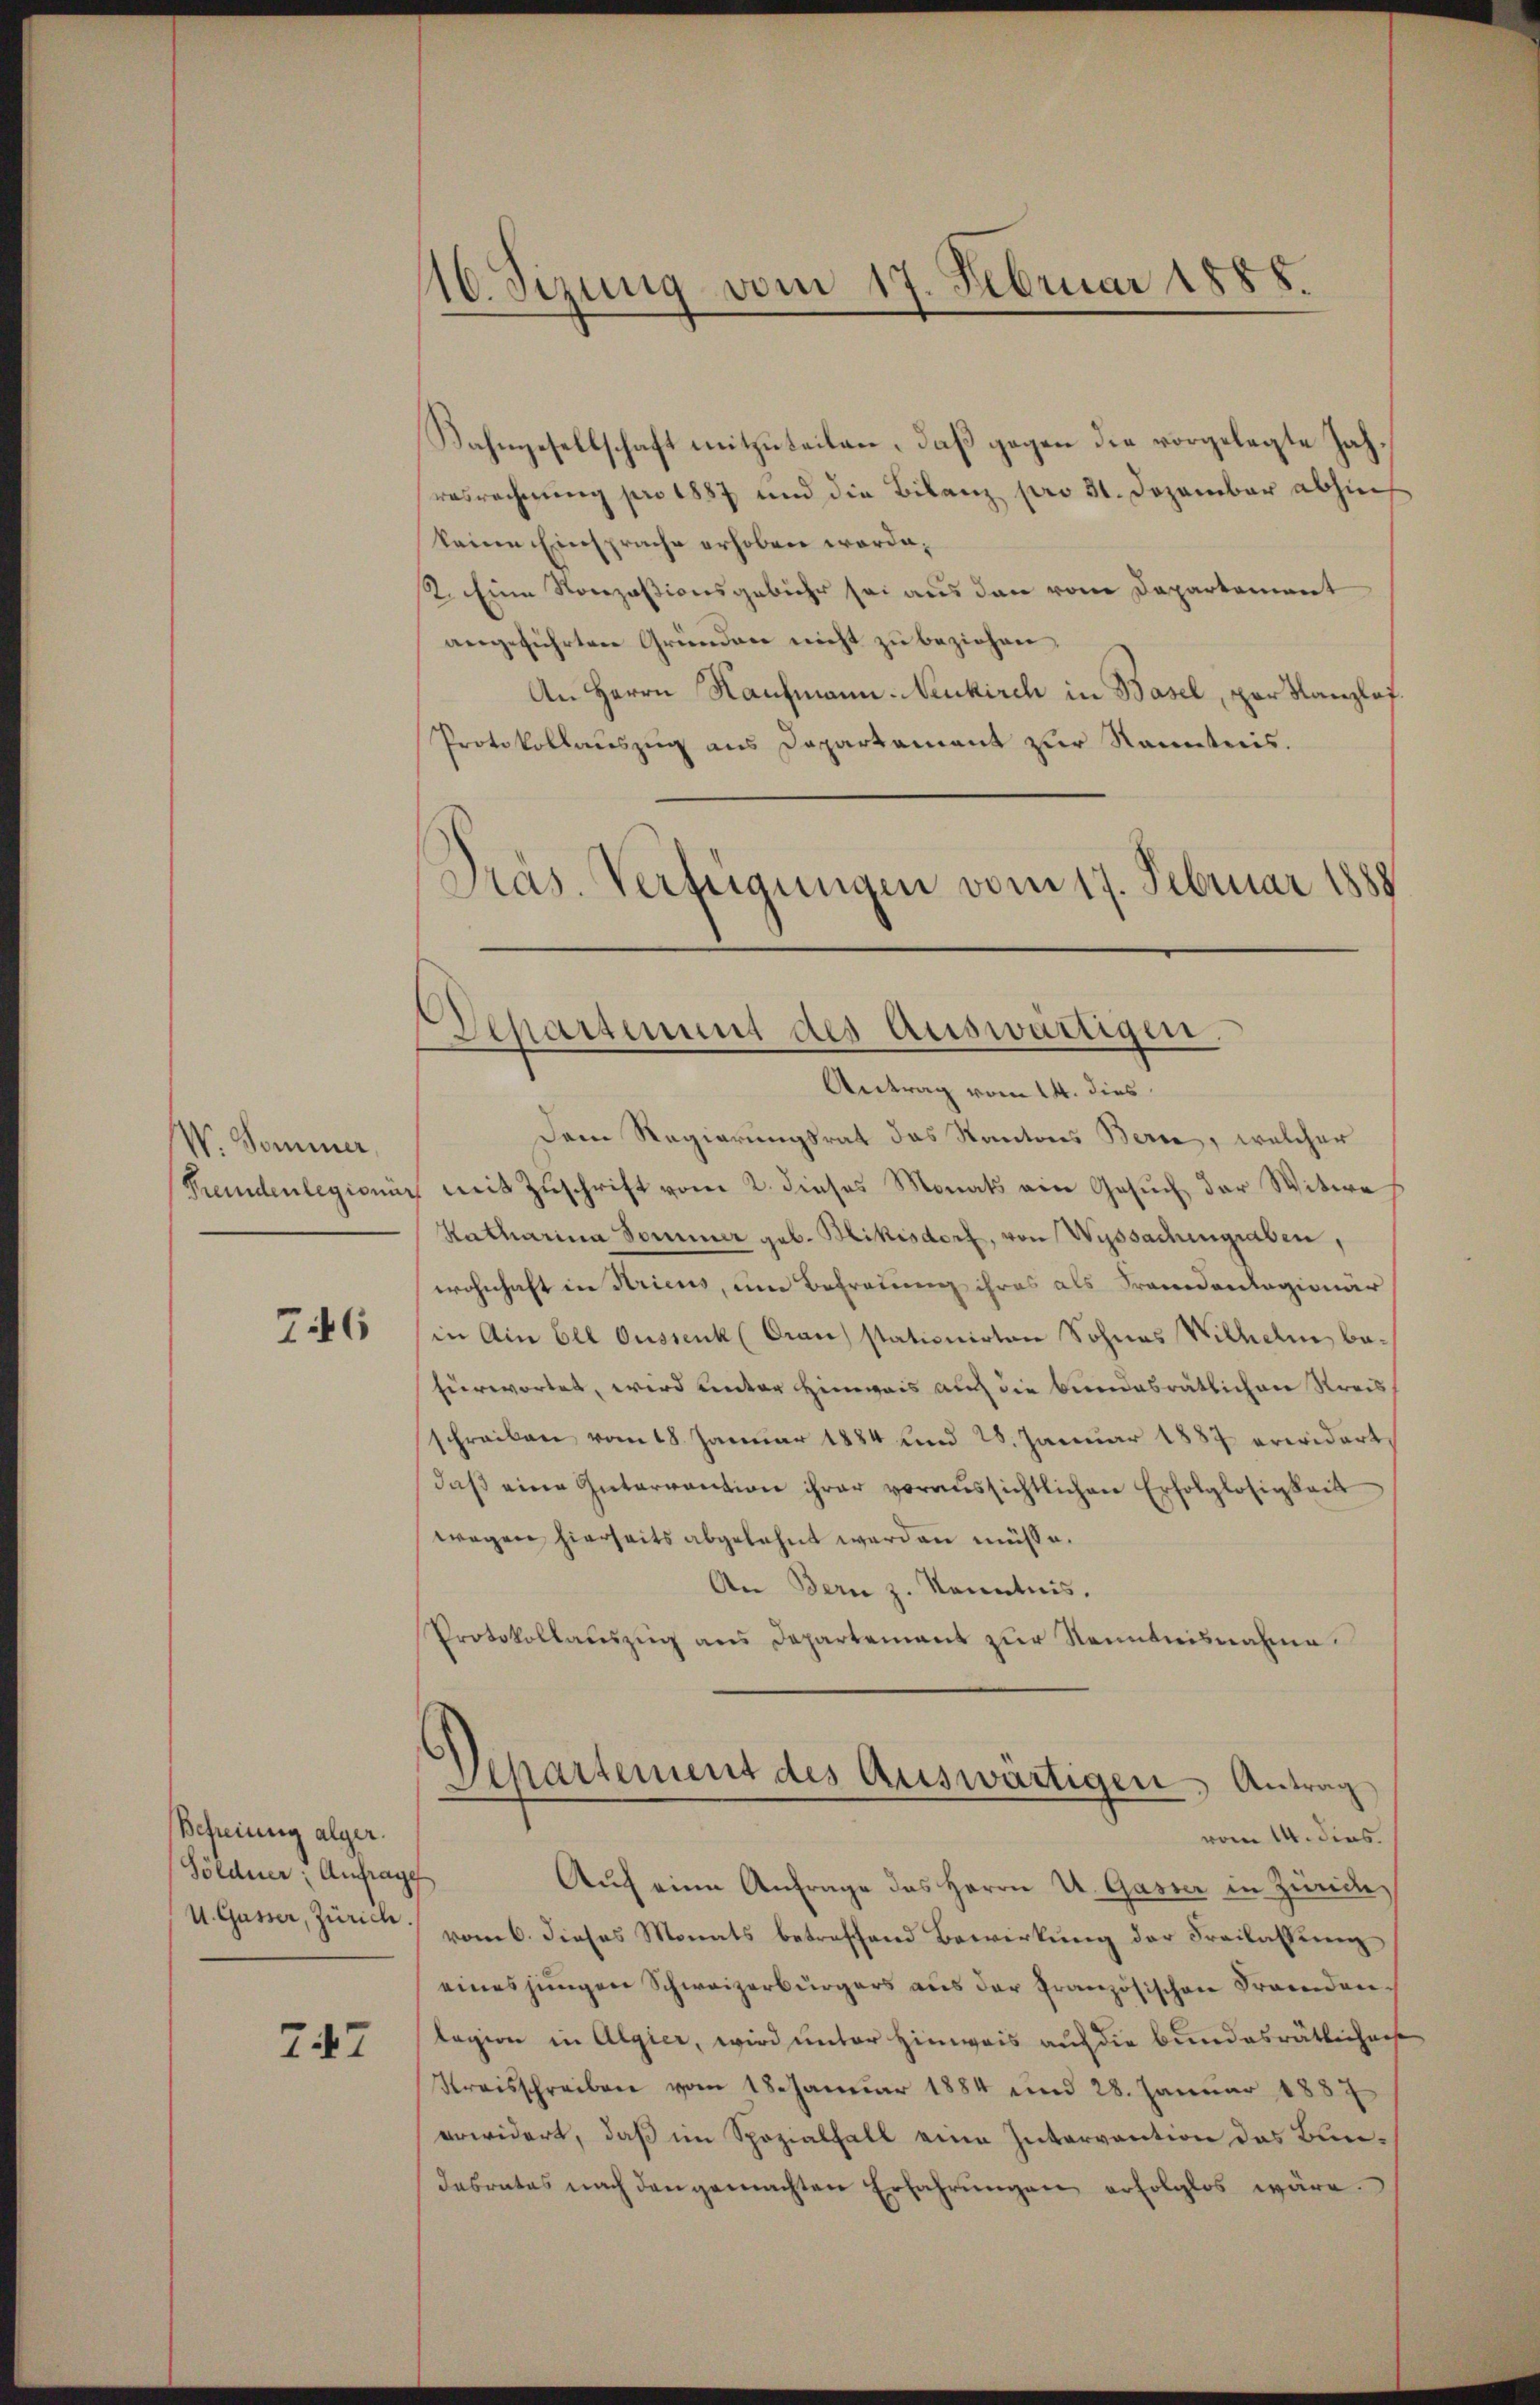
W. Sommer,
Fremdenlegionir

746

Befreiung alger.
Soldner, Anfrage
U. Gasser, Zürich

747

16. Sizung vom 17. Februar 1888.

Bahngesellschaft mitzuteilen, daß gegen die vorgelegte Jahresrechnung pro 1887 und die Bilanz pro 31. Dezember abhin
keine Einsprache erhoben worde.
2. Eine Nonzasionsgebühr sei aus den vom Departement
angeführten Gründen nicht zŭ beziehen,
An Herrn Kaufmann. Neukirch in Basel, par Kanzlaf¬
Protokollaŭszŭg ans Departament zur Kenntnis.
Präs. Verfügungen vom 17. Februar 1888

)
Schassung des Auswärtigen.
Antrag vom 14. dies

Dem Regierungsrat das Kantons Bern, welcher
mit Zuschrift vom 2. dieses Monats ein Gesuch der Witwe
Katharina Sommer geb. Blikisdorf, von Wyssachengraben,
wohnhaft in Stricus, um Befreiung ihres als Frandandagionär
in Ain Ell Oussenk (Oran stationirten Sohnes Wilhelm bafürwortes, wird unter Hinweis auch die bundesrätlichen Kreisschreiben vom 18. Januar 1884 und 28. Januar 1887 erwidert
daß eine Intervantion ihrer voraussichtlichen Erfolglosigkeit
wegen hierseits abgelehnt werden müsse.
An Bern z. Kenntnis.
Protokollauszug aus Departement zur Kenntnisnahme
Separtement des Auswärtigen Antrag
vom 14. dies
Auf eine Anfrage das Herrn U. Gasser in Zürich,
vom 6. dieses Monats betreffend Bewirkung der Freilassen
eines jungen Schweizerbürgers aus der Französischen Fremden
legion in Algier, wird unter Hinweis auf die Bundesräthenhause
Kreisschreiben vom 18. Januar 1884 und 28. Januar 1887
erwidert, daß im Spozialfall eine Intervention das Bundesrates nach den gemachten Erfahrungen erfolglos wäre.